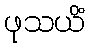
ဖုသယိံ